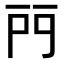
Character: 𨳇